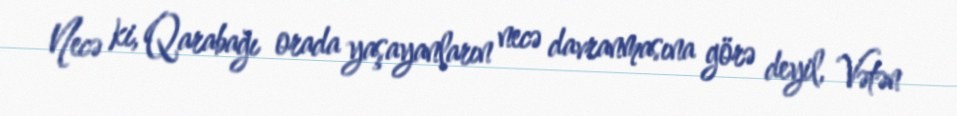
Necə ki, Qarabağı orada yaşayanların necə davranmasına görə deyil, Vətən